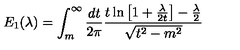
E _ { 1 } ( \lambda ) = \int _ { m } ^ { \infty } \frac { d t } { 2 \pi } \frac { t \ln \left[ 1 + \frac { \lambda } { 2 t } \right] - \frac { \lambda } { 2 } } { \sqrt { t ^ { 2 } - m ^ { 2 } } }